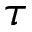
\tau